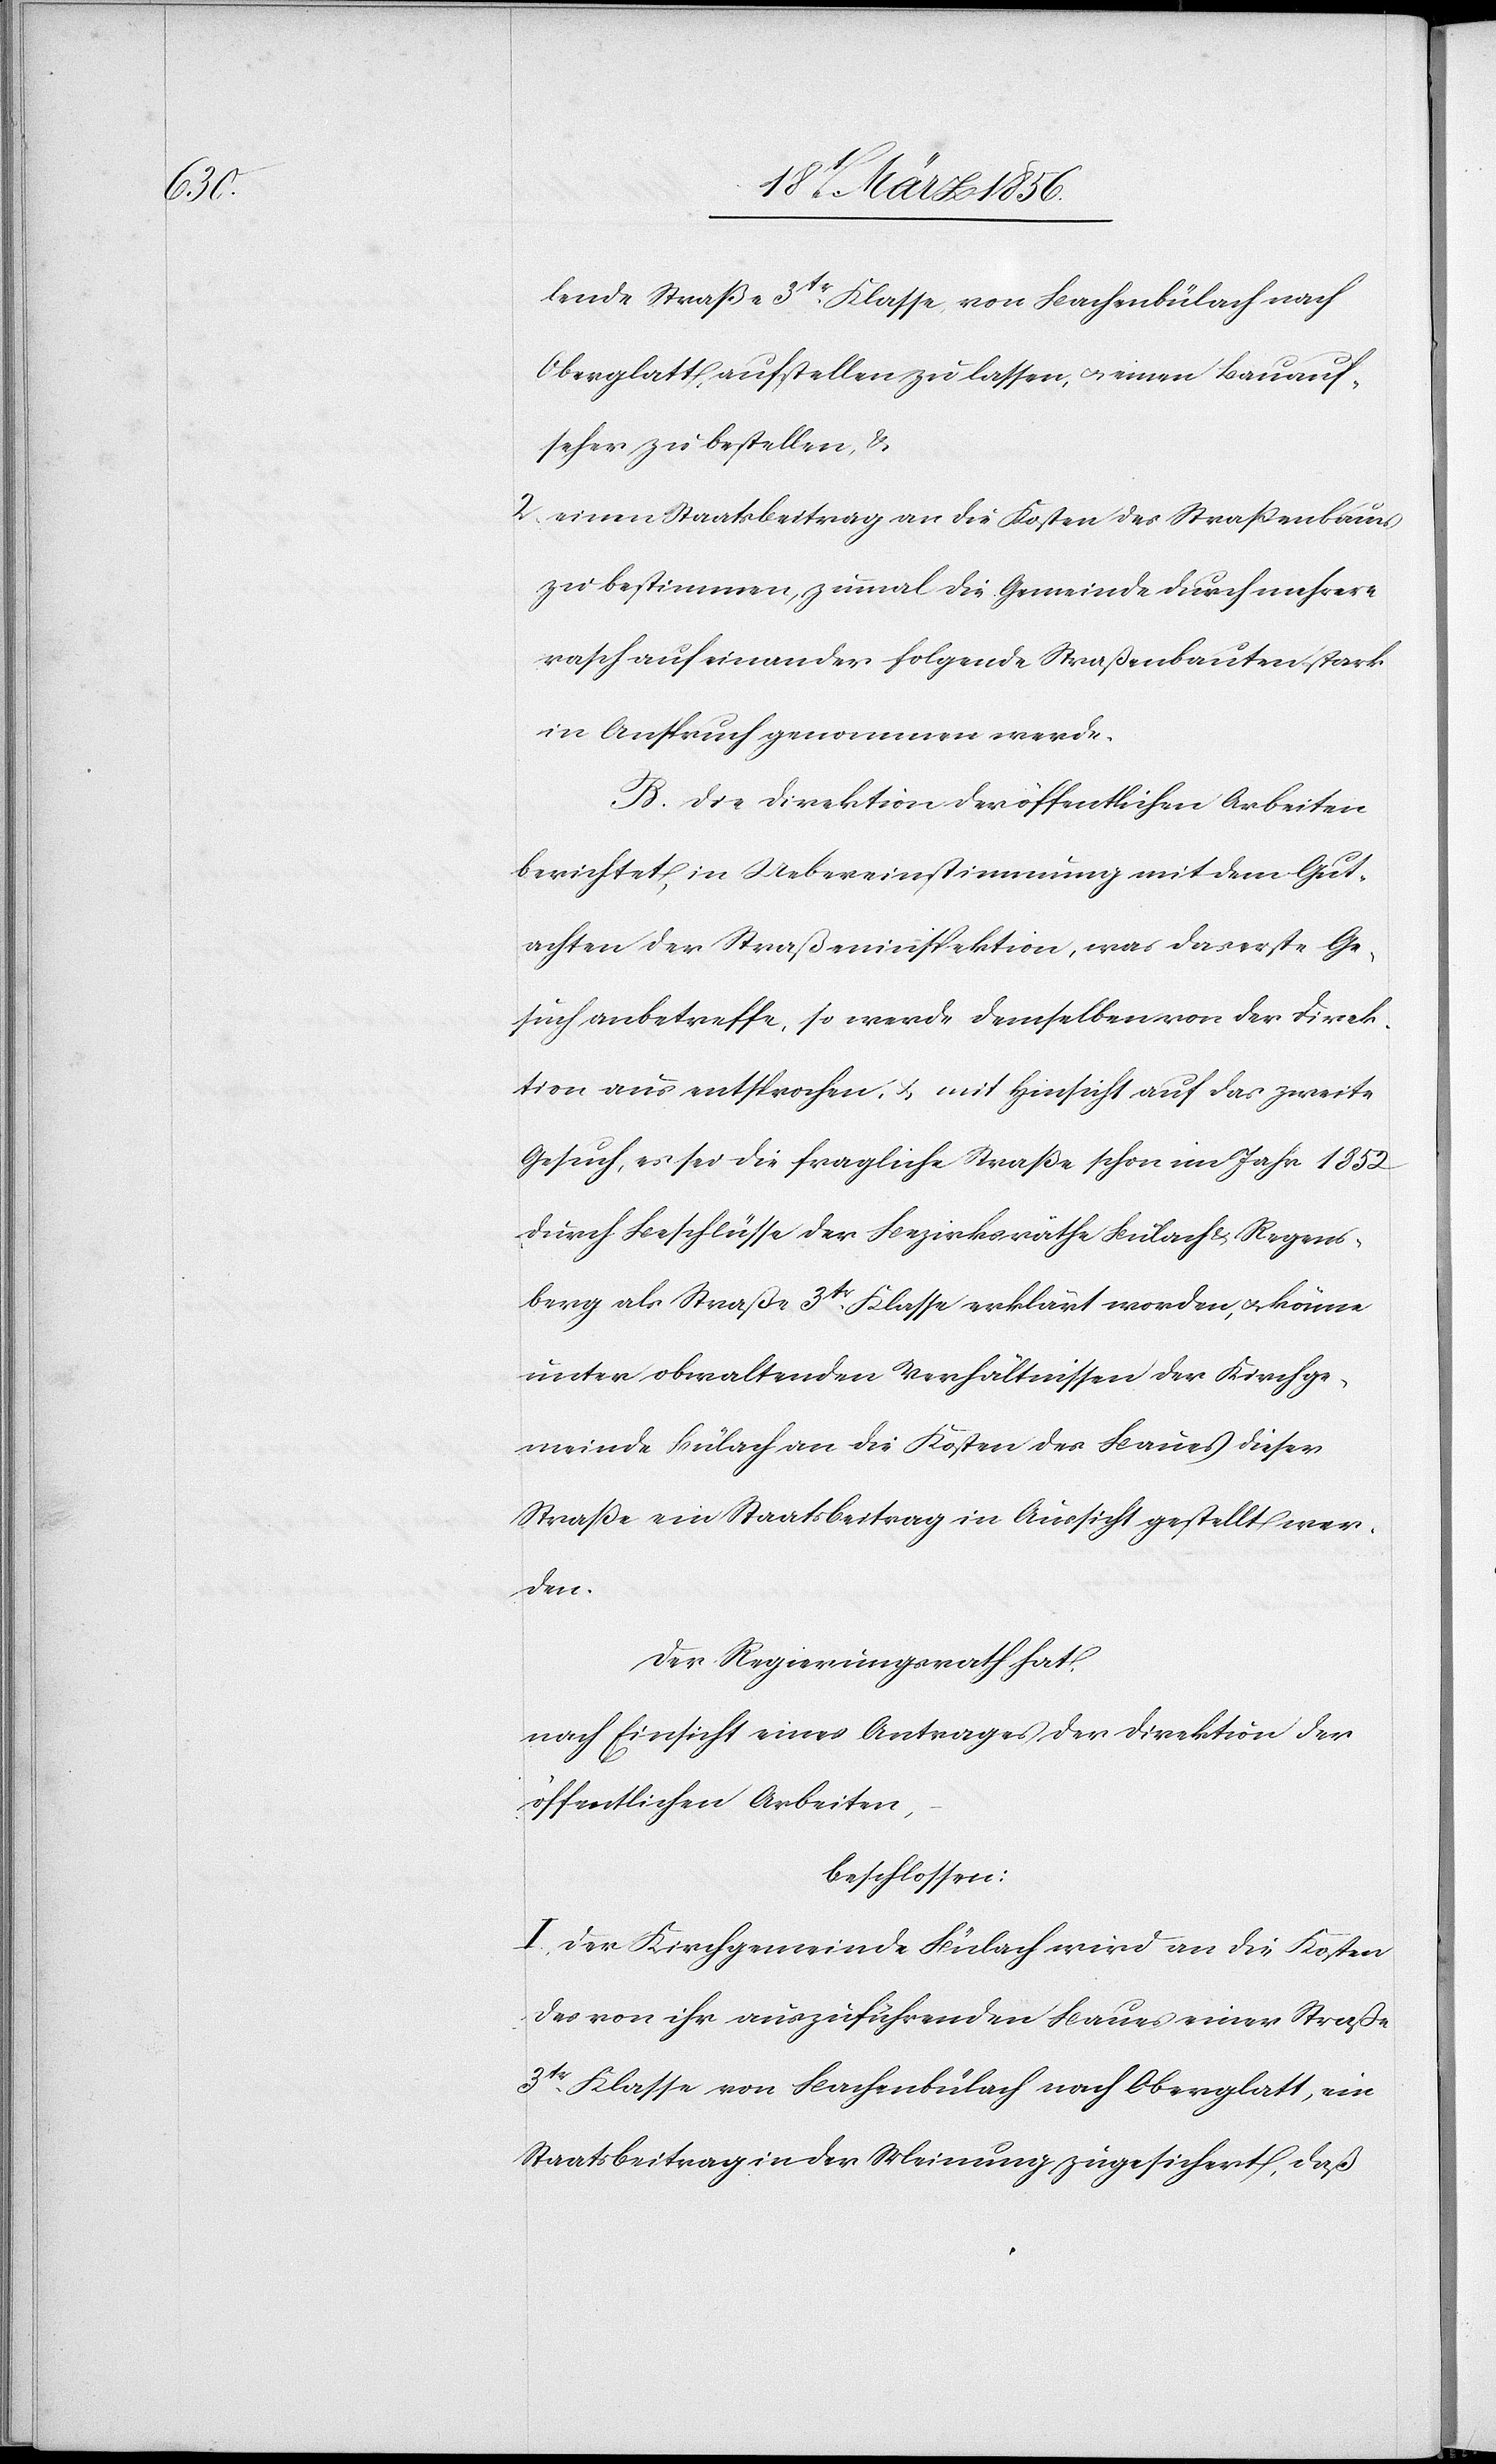
lende Straße 3tr Klasse von Bachenbülach nach
Oberglatt, aufstellen zu lassen, u. einen Bauauf¬
seher zu bestellen, &
2. einen Staatsbeitrag an die Kosten des Straßenbaus
zu bestimmen, zumal die Gemeinde durch mehrere
rasch auf einander folgende Straßenbauten stark
in Anspruch genommen werde.
B. Die Direktion der öffentlichen Arbeiten
berichtet, in Uebereinstimmung mit dem Gut¬
achten der Straßeninspektion, was das erste Ge¬
such anbetreffe, so werde demselben von der Direk¬
tion aus entsprochen, & mit Hinsicht auf das zweite
Gesuch, es sei die fragliche Straße schon im Jahr 1852
durch Beschlüsse der Bezirksräthe Bülach & Regens¬
berg als Straße 3tr Klasse erklärt worden, u. könne
unter obwaltenden Verhältnissen der Kirchge¬
meinde Bülach an die Kosten des Baues dieser
Straße ein Staatsbeitrag in Aussicht gestellt wer¬
den.
Der Regierungsrath hat,
nach Einsicht eines Antrages der Direktion der
öffentlichen Arbeiten,
beschlossen:
I. Der Kirchgemeinde Bülach wird an die Kosten
des von ihr auszuführenden Baues einer Straße
3tr Klasse von Bachenbülach nach Oberglatt, ein
Staatsbeitrag in der Meinung zugesichert, daß